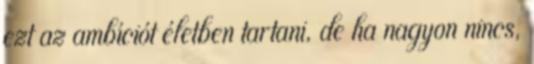
ezt az ambíciót életben tartani, de ha nagyon nincs,